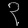
Digit: ၃